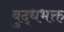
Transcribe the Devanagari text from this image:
बुद्धभक्त